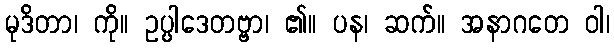
မုဒိတာ၊ ကို။ ဥပ္ပါဒေတဗ္ဗာ၊ ၏။ ပန၊ ဆက်။ အနာဂတေ ဝါ၊